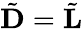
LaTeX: \tilde{\mathbf D}=\tilde{\mathbf L}